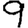
Digit: 9